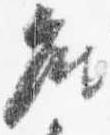
座